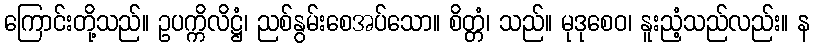
ကြောင်းတို့သည်။ ဥပက္ကိလိဋ္ဌံ၊ ညစ်နွမ်းစေအပ်သော။ စိတ္တံ၊ သည်။ မုဒုစေဝ၊ နူးညံ့သည်လည်း။ န